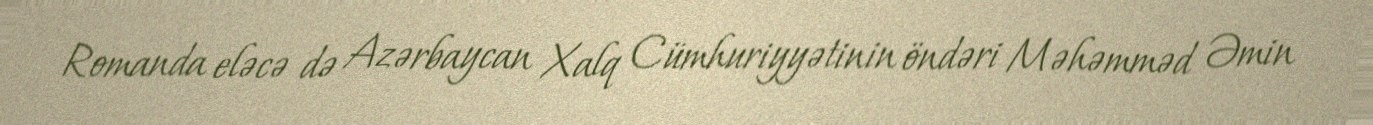
Romanda eləcə də Azərbaycan Xalq Cümhuriyyətinin öndəri Məhəmməd Əmin